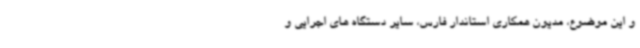
و این موضوع، مدیون همکاری استاندار فارس، سایر دستگاه های اجرایی و